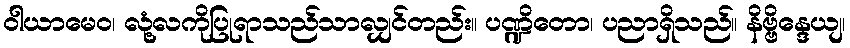
ဝါယာမေဝ၊ လုံ့လကိုပြုရာသည်သာလျှင်တည်း။ ပဏ္ဍိတော၊ ပညာရှိသည်။ နိဗ္ဗိန္ဒေယျ၊